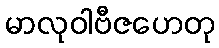
မာလုဝါဗီဇဟေတု